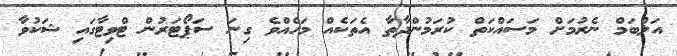
އަލްބަމް ނެރުމަށް މަސައްކަތް ކުރަމުންދާތާ އެތަކެއް މަހެއްވެ ގިނަ ސަޕޯޓަރުން ޓްވިޓާގައި ޝަކުވާ